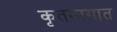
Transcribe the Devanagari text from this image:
कृतयागात